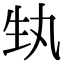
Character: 𭺳